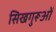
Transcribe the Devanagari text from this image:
सिखगुरूओं